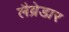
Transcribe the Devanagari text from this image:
लैब्रेडार